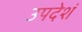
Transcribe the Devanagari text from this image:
उपदेशं